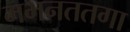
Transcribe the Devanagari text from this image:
मभनततगा